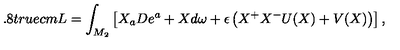
\hspace * { - 0 . 8 t r u e c m } L = \int _ { M _ { 2 } } \left[ X _ { a } D e ^ { a } + X d \omega + \epsilon \left( X ^ { + } X ^ { - } U ( X ) + V ( X ) \right) \right] ,